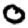
Digit: 0